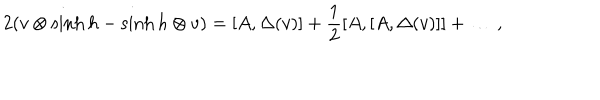
2 ( v \otimes \sinh h - \sinh h \otimes v ) = [ A , \Delta ( v ) ] + \frac { 1 } { 2 } [ A , [ A , \Delta ( v ) ] ] + \ldots \, ,